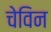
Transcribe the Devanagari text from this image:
चेविन